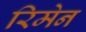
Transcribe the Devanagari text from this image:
रिमेन